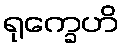
ရုက္ခေဟိ